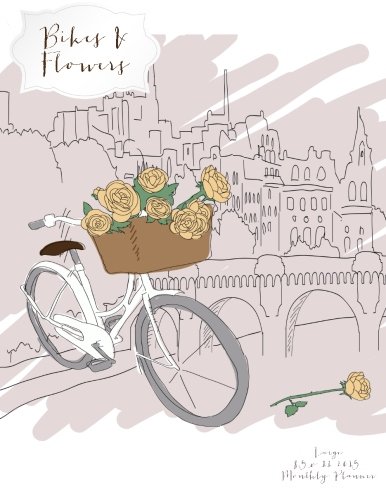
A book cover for Bikes & Flowers Large 8.5 x 11 2015 Monthly Planner (2015 Day Planners, Organizers, & Calendars) (Volume 15); Jot Spot Stationary; Calendars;